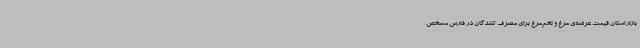
بازار استان قیمت عرضه‌ی مرغ و تخم‌مرغ برای مصرف کنندگان در فارس مشخص